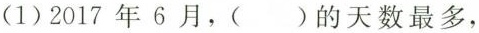
（1)2017年6月，（）的天数最多，